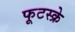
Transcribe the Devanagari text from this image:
फूटस्क्रे